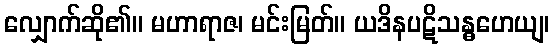
လျှောက်ဆို၏။ မဟာရာဇ၊ မင်းမြတ်။ ယဒိနပဋိသန္ဓဟေယျ၊